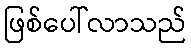
ဖြစ်ပေါ်လာသည်